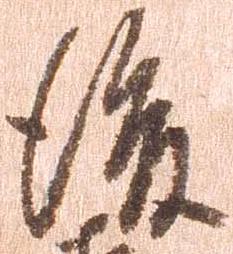
後